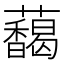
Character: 𬟞